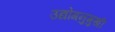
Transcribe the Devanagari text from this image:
उद्योगनुमुखी